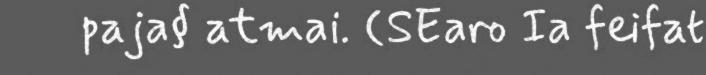
paja§ atmai. (SEaro Ia feifat